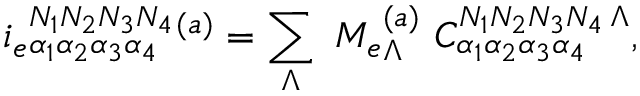
i _ { e } { } _ { \alpha _ { 1 } \alpha _ { 2 } \alpha _ { 3 } \alpha _ { 4 } } ^ { N _ { 1 } N _ { 2 } N _ { 3 } N _ { 4 } } { } ^ { ( a ) } = \sum _ { \Lambda } \ M _ { e } { } _ { \Lambda } ^ { ( a ) } \ { C } _ { \alpha _ { 1 } \alpha _ { 2 } \alpha _ { 3 } \alpha _ { 4 } } ^ { N _ { 1 } N _ { 2 } N _ { 3 } N _ { 4 } \, \Lambda } ,